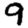
Digit: 9